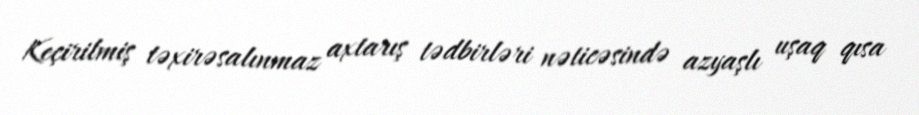
Keçirilmiş təxirəsalınmaz axtarış tədbirləri nəticəsində azyaşlı uşaq qısa